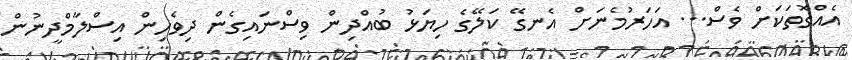
އެއްގޮތަކަށް ވެސް... އަހަރުމެނަށް އެނގޭ ކަލޭގެ ހިޔަޅު ބުއްދިން ވިސްނައިގެން ދިވެހިން އިސްލާމްދީނުން